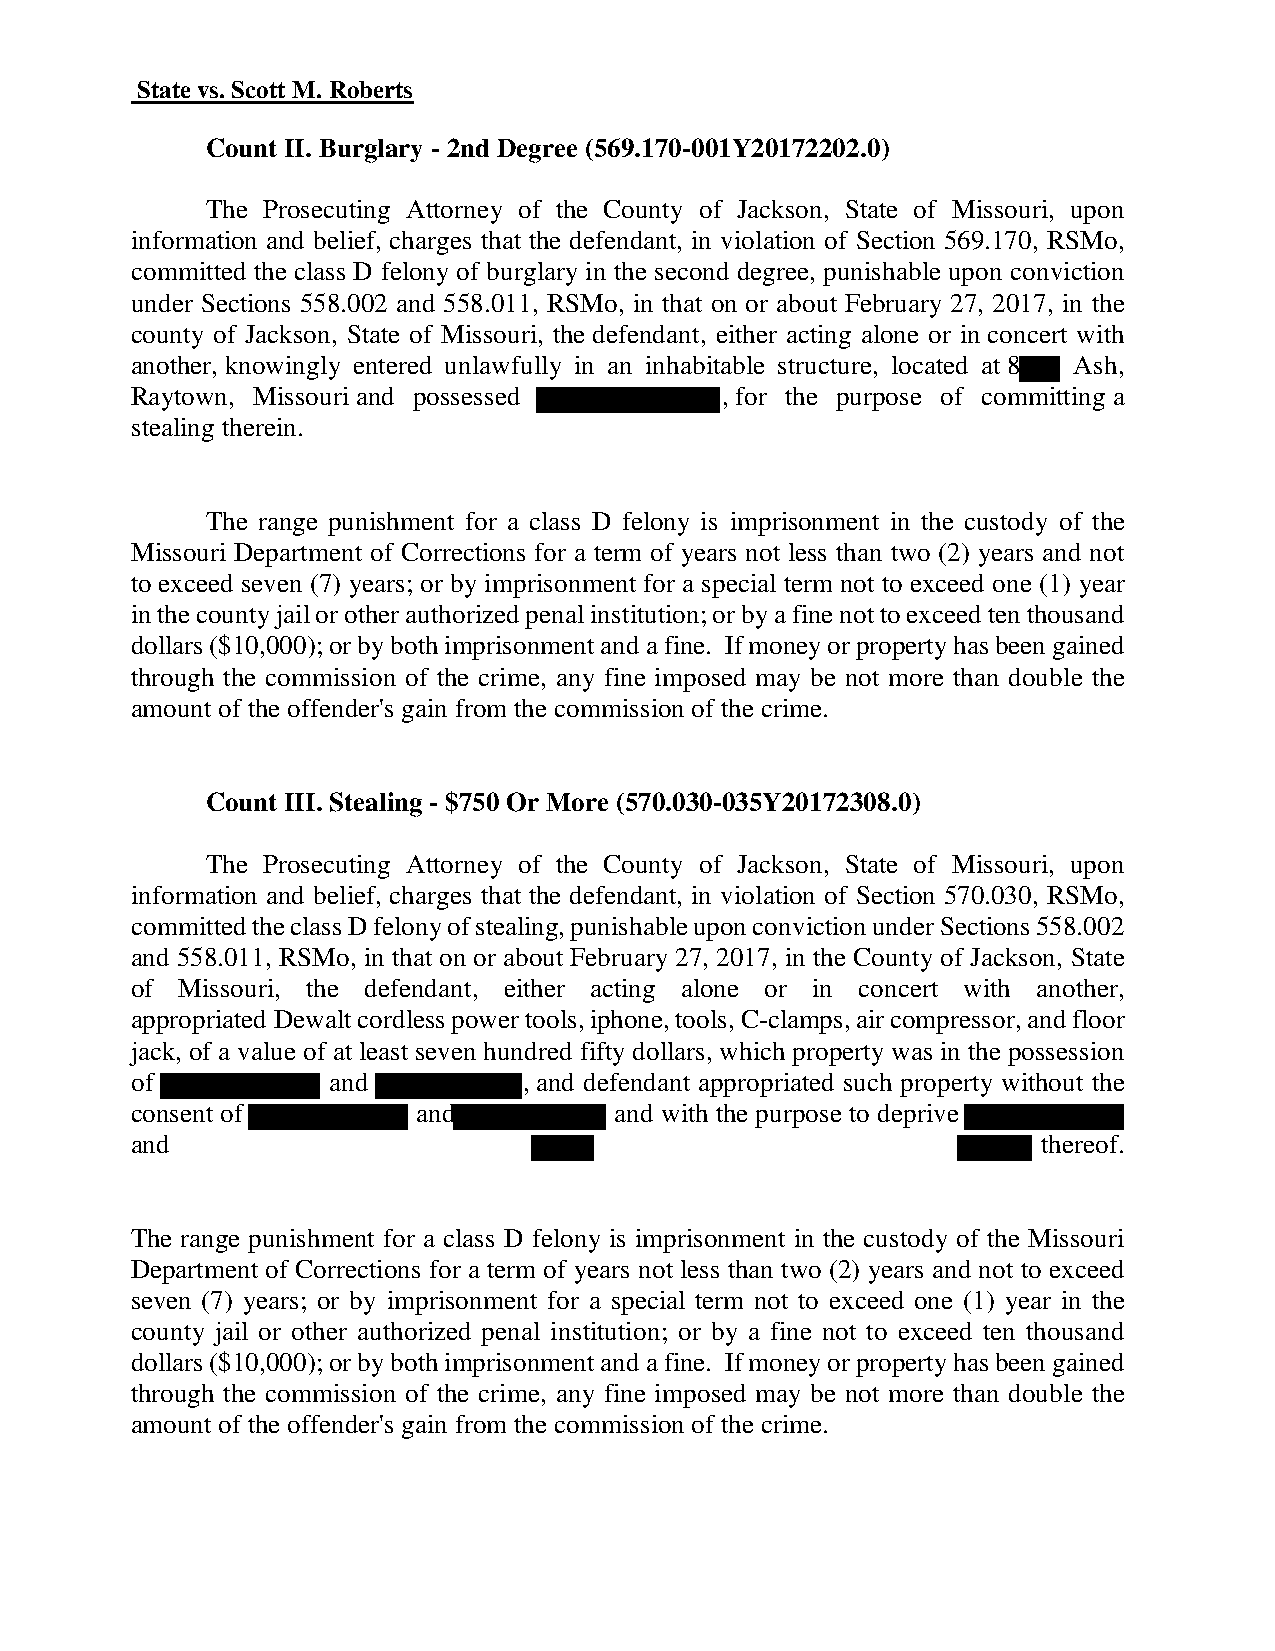
State vs. Scott M. Roberts
 Count II. Burglary - 2nd Degree (569.170-001Y20172202.0)
 The Prosecuting Attorney of the County of Jackson, State of Missouri, upon
 information and belief, charges that the defendant, in violation of Section 569.170, RSMo,
 committed the class D felony of burglary in the second degree, punishable upon conviction
 under Sections 558.002 and 558.011, RSMo, in that on or about February 27, 2017, in the
 county of Jackson, State of Missouri, the defendant, either acting alone or in concert with
 another, knowingly entered unlawfully in an inhabitable structure, located at 8 Ash,
 Raytown, Missouri and possessed        , for the purpose of committing a
 stealing therein.
 The range punishment for a class D felony is imprisonment in the custody of the
 Missouri Department of Corrections for a term of years not less than two (2) years and not
 to exceed seven (7) years; or by imprisonment for a special term not to exceed one (1) year
 in the county jail or other authorized penal institution; or by a fine not to exceed ten thousand
 dollars ($10,000); or by both imprisonment and a fine. If money or property has been gained
 through the commission of the crime, any fine imposed may be not more than double the
 amount of the offender's gain from the commission of the crime.
 Count III. Stealing - $750 Or More (570.030-035Y20172308.0)
 The Prosecuting Attorney of the County of Jackson, State of Missouri, upon
 information and belief, charges that the defendant, in violation of Section 570.030, RSMo,
 committed the class D felony of stealing, punishable upon conviction under Sections 558.002
 and 558.011, RSMo, in that on or about February 27, 2017, in the County of Jackson, State
 of Missouri, the defendant, either acting alone or in concert with another,
 appropriated Dewalt cordless power tools, iphone, tools, C-clamps, air compressor, and floor
 jack, of a value of at least seven hundred fifty dollars, which property was in the possession
 of           and          , and defendant appropriated such property without the
 consent of         and          and with the purpose to deprive
 and                                                         thereof.
 The range punishment for a class D felony is imprisonment in the custody of the Missouri
 Department of Corrections for a term of years not less than two (2) years and not to exceed
 seven (7) years; or by imprisonment for a special term not to exceed one (1) year in the
 county jail or other authorized penal institution; or by a fine not to exceed ten thousand
 dollars ($10,000); or by both imprisonment and a fine. If money or property has been gained
 through the commission of the crime, any fine imposed may be not more than double the
 amount of the offender's gain from the commission of the crime.